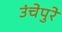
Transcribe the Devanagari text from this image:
उंचेपुरे